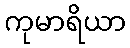
ကုမာရိယာ